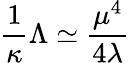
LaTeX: \frac{1}{\kappa}\Lambda\simeq\frac{\mu^{4}}{4\lambda}